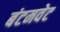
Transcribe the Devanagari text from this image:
बंटमवेट